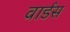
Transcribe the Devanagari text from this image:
वार्डस